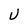
Character: U